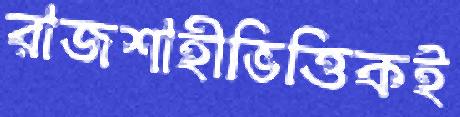
রাজশাহীভিত্তিকই